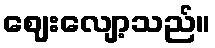
ဈေးလျော့သည်။